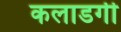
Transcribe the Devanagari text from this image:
कलाडगी